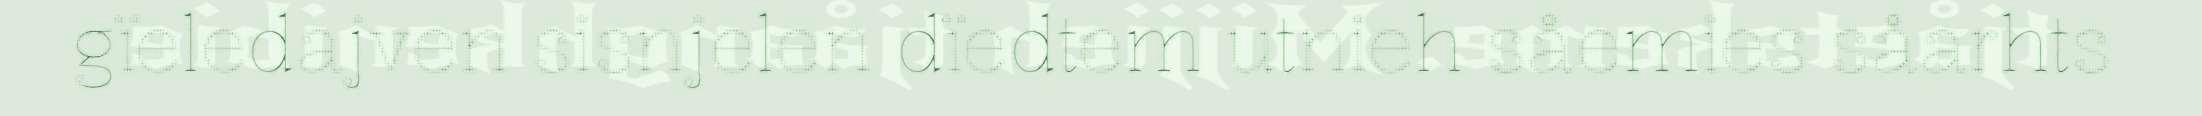
gïeledajven sisnjelen dïedtem utnieh såemies såarhts